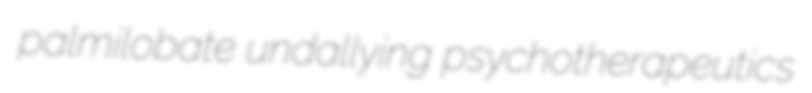
palmilobate undallying psychotherapeutics